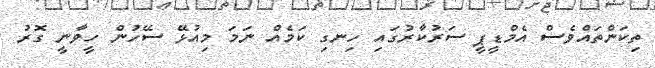
ތިކަންތައްވެސް އެމްޑީޕީ ސަރުކާރުގައި ހިނގި ކަމެއް ނަމަ މިއުޅޭ ސޭހުން ހީވާނީ ގޮރު